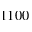
1 1 0 0